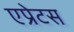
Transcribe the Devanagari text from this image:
एप्रेटस